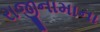
રાજીનામાના